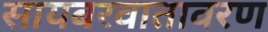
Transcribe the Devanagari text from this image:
सायबरवातावरण